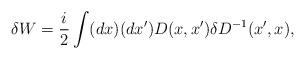
LaTeX: \begin{align*}\delta W={i\over2}\int (dx)(dx')D(x,x')\delta D^{-1}(x',x),\end{align*}